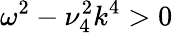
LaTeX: \omega^{2}-\nu_{4}^{2}k^{4}>0